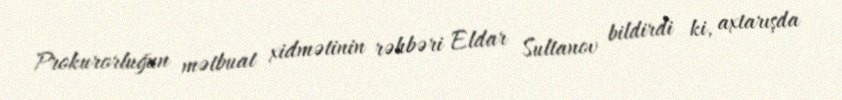
Prokurorluğun mətbuat xidmətinin rəhbəri Eldar Sultanov bildirdi ki, axtarışda